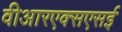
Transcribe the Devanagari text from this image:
वीआरएक्सएसई